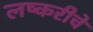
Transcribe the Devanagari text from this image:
लष्करीचे